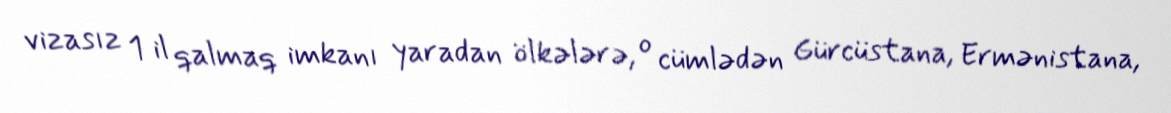
vizasız 1 il qalmaq imkanı yaradan ölkələrə, o cümlədən Gürcüstana, Ermənistana,